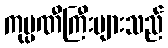
ကုမ္ပဏီကြီးများသည်